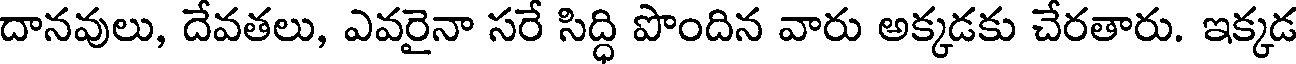
దానవులు, దేవతలు, ఎవరైనా సరే సిద్ధి పొందిన వారు అక్కడకు చేరతారు. ఇక్కడ